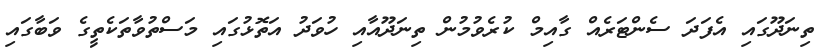
ތިނަދޫގައި އެފަދަ ސެންޓަރެއް ގާއިމް ކުރެވުމުން ތިނަދޫއާއި ހުވަދު އަތޮޅުގައި މަސްތުވާތަކެތީގެ ވަބާގައި